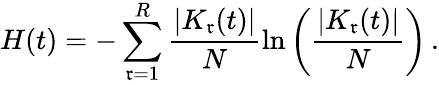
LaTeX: H(t)=-\sum_{\mathfrak{r}=1}^{R}\frac{{|K_{\mathfrak{r}}(t)|}}{{N}}\ln\left(\frac{{|K_{\mathfrak{r}}(t)|}}{{N}}\right)\, .